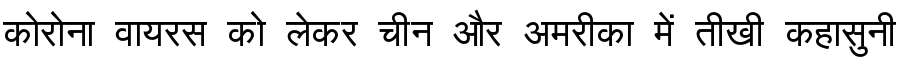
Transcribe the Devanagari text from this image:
कोरोना वायरस को लेकर चीन और अमरीका में तीखी कहासुनी